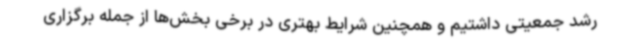
رشد جمعیتی داشتیم و همچنین شرایط بهتری در برخی بخش‌ها از جمله برگزاری